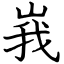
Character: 峩